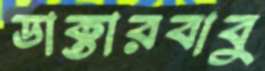
ডাক্তারবাবু